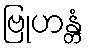
ဗြုဟန္တံ